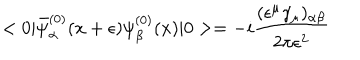
LaTeX: < 0 | { \bar { \psi } } _ { \alpha } ^ { ( 0 ) } ( x + \epsilon ) \psi _ { \beta } ^ { ( 0 ) } ( x ) | 0 > = - i { \frac { ( \epsilon ^ { \mu } \gamma _ { \mu } ) _ { \alpha \beta } } { 2 \pi \epsilon ^ { 2 } } }